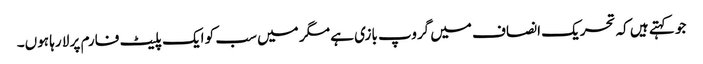
جو کہتے ہیں کہ تحریک انصاف میں گروپ بازی ہے مگر میں سب کو ایک پلیٹ فارم پر لا رہا ہوں۔